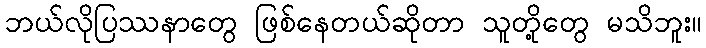
ဘယ်လိုပြဿနာတွေ ဖြစ်နေတယ်ဆိုတာ သူတို့တွေ မသိဘူး။